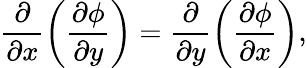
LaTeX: \frac{\partial}{\partial x}\left(\frac{\partial\phi}{\partial y}\right)=\frac{\partial}{\partial y}\left(\frac{\partial\phi}{\partial x}\right),